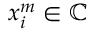
x _ { i } ^ { m } \in \mathbb { C }